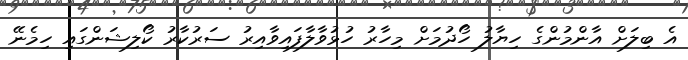
އެ ބިލަށް އާންމުންގެ ހިޔާލު ހޯދުމަށް މިހާރު ހުޅުވާލާފައިވާއިރު ސަރުކާރު ކޯލިޝަންގައި ހިމެނޭ